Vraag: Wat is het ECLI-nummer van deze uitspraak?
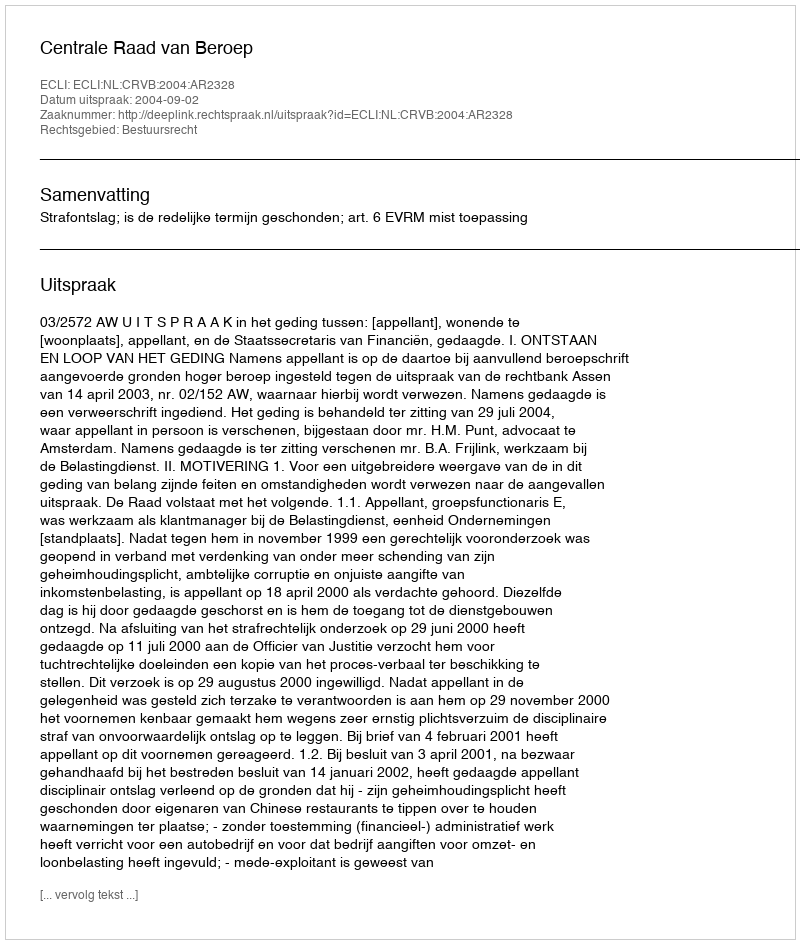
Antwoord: ECLI:NL:CRVB:2004:AR2328